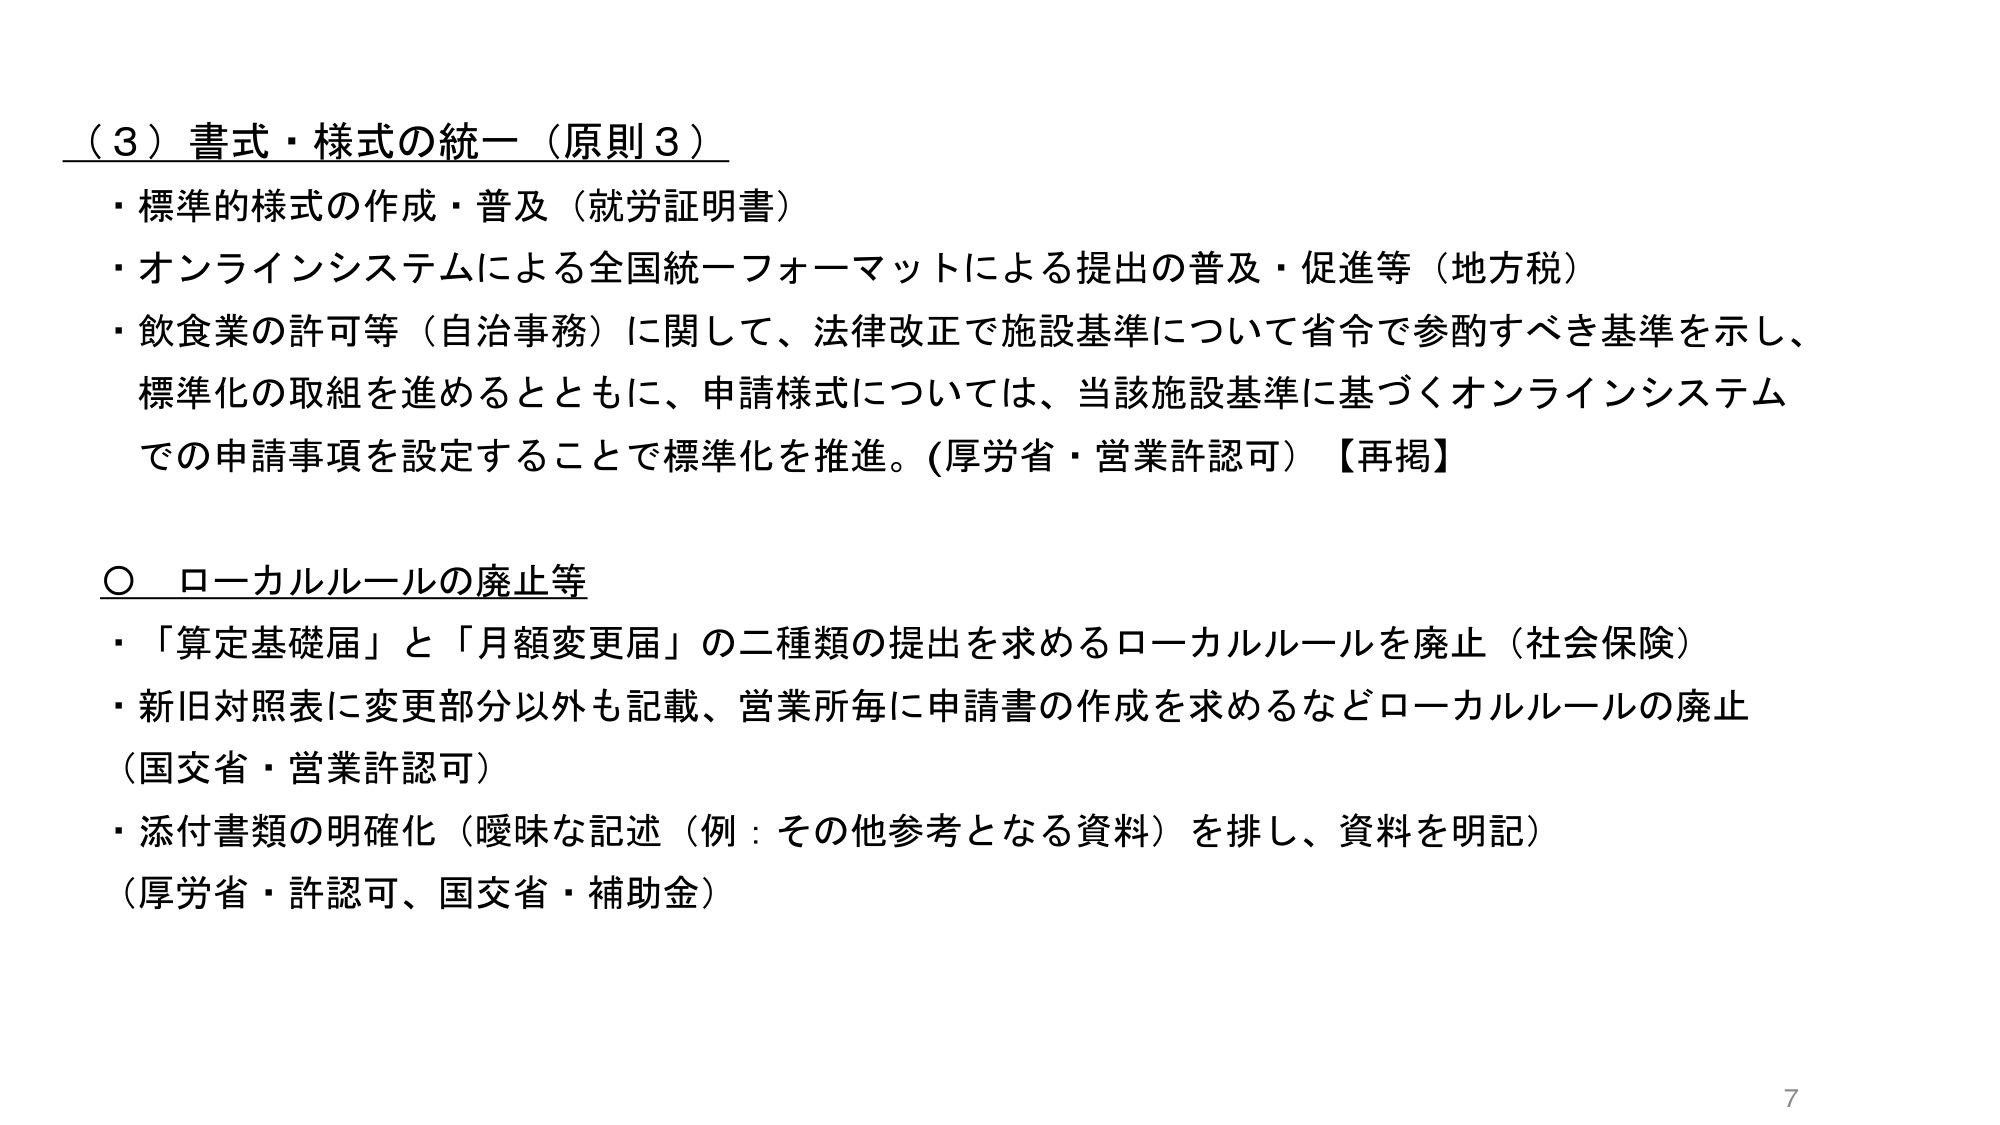
（３）書式・様式の統一（原則３）

・標準的様式の作成・普及（就労証明書）

・オンラインシステムによる全国統一フォーマットによる提出の普及・促進等（地方税）

・飲食業の許可等（自治事務）に関して、法律改正で施設基準について省令で参酌すべき基準を示し、
標準化の取組を進めるとともに、申請様式については、当該施設基準に基づくオンラインシステム
での申請事項を設定することで標準化を推進。（厚労省・営業許認可）【再掲】

○ ローカルルールの廃止等

・「算定基礎届」と「月額変更届」の二種類の提出を求めるローカルルールを廃止（社会保険）

・新旧対照表に変更部分以外も記載、営業所毎に申請書の作成を求めるなどローカルルールの廃止
（国交省・営業許認可）

・添付書類の明確化（曖昧な記述（例：その他参考となる資料）を排し、資料を明記）
（厚労省・許認可、国交省・補助金）

7